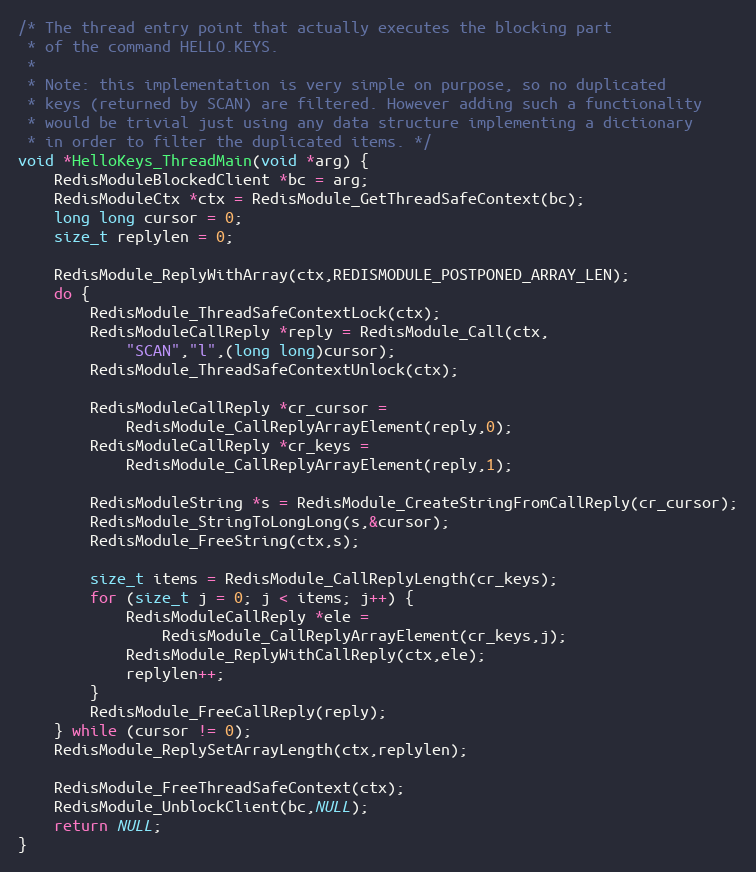
Language: C
/* The thread entry point that actually executes the blocking part
 * of the command HELLO.KEYS.
 *
 * Note: this implementation is very simple on purpose, so no duplicated
 * keys (returned by SCAN) are filtered. However adding such a functionality
 * would be trivial just using any data structure implementing a dictionary
 * in order to filter the duplicated items. */
void *HelloKeys_ThreadMain(void *arg) {
    RedisModuleBlockedClient *bc = arg;
    RedisModuleCtx *ctx = RedisModule_GetThreadSafeContext(bc);
    long long cursor = 0;
    size_t replylen = 0;

    RedisModule_ReplyWithArray(ctx,REDISMODULE_POSTPONED_ARRAY_LEN);
    do {
        RedisModule_ThreadSafeContextLock(ctx);
        RedisModuleCallReply *reply = RedisModule_Call(ctx,
            "SCAN","l",(long long)cursor);
        RedisModule_ThreadSafeContextUnlock(ctx);

        RedisModuleCallReply *cr_cursor =
            RedisModule_CallReplyArrayElement(reply,0);
        RedisModuleCallReply *cr_keys =
            RedisModule_CallReplyArrayElement(reply,1);

        RedisModuleString *s = RedisModule_CreateStringFromCallReply(cr_cursor);
        RedisModule_StringToLongLong(s,&cursor);
        RedisModule_FreeString(ctx,s);

        size_t items = RedisModule_CallReplyLength(cr_keys);
        for (size_t j = 0; j < items; j++) {
            RedisModuleCallReply *ele =
                RedisModule_CallReplyArrayElement(cr_keys,j);
            RedisModule_ReplyWithCallReply(ctx,ele);
            replylen++;
        }
        RedisModule_FreeCallReply(reply);
    } while (cursor != 0);
    RedisModule_ReplySetArrayLength(ctx,replylen);

    RedisModule_FreeThreadSafeContext(ctx);
    RedisModule_UnblockClient(bc,NULL);
    return NULL;
}